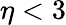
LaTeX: \eta<3